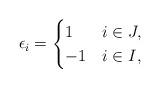
LaTeX: \begin{align*} \epsilon_i =\begin{cases} 1 & i \in J, \\ -1 & i \in I,\end{cases}\end{align*}